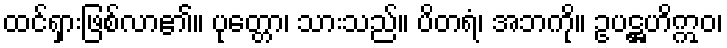
ထင်ရှားဖြစ်လာ၏။ ပုတ္တော၊ သားသည်။ ပိတရံ၊ အဘကို။ ဥပဋ္ဌဟိဣဝ၊